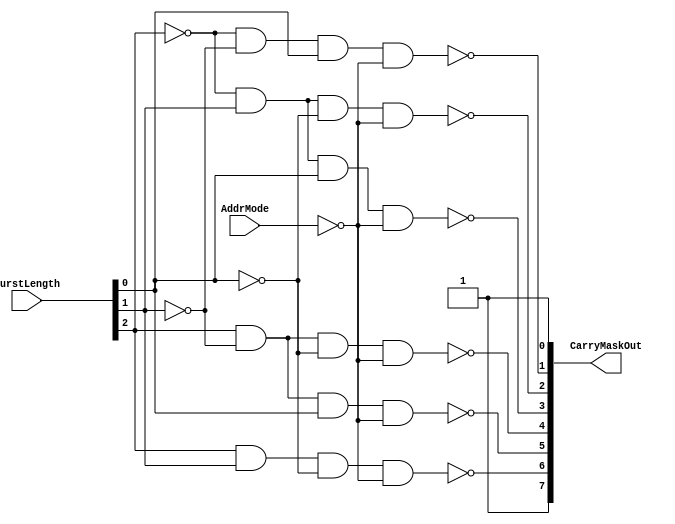
`timescale 1ns / 1ps
//////////////////////////////////////////////////////////////////////////////////
// Company: 
// Engineer: 
// 
// Design Name: 
// Module Name:    CarryMask 
// Project Name: 
// Target Devices: 
// Tool versions: 
// Description: 
//
// Dependencies: 
//
// Revision: 
// Revision 0.01 - File Created
// Additional Comments: 
//
//////////////////////////////////////////////////////////////////////////////////
`define HIGH 1'b1
`define LOW 1'b0

module CarryMask(
	CarryMaskOut,
	AddrMode,
	BurstLength
	);

	output [7 : 0] CarryMaskOut;	// Output Carry Masks Signals
	input AddrMode;					// Addressing Mode - Sequential or Linear
	input [2 : 0] BurstLength;		// Configured Burst Length	
	
	wire [7 : 0] CarryMaskOutWire;
	
	/* Current Masking ignores the 8th bit as the register would roll over anyway. 
	 * The 1st bit is always masked open to allow the initial Add/Sub Selection 
	 * for the NBitGenericAdderSubtractorWithCin.
	 */
	
	assign CarryMaskOutWire[0] = `HIGH;
	
	and(CarryMaskOutWire[1], ~BurstLength[2], ~BurstLength[1], ~BurstLength[0], ~AddrMode);
	and(CarryMaskOutWire[2], ~BurstLength[2], ~BurstLength[1], BurstLength[0], ~AddrMode);
	and(CarryMaskOutWire[3], ~BurstLength[2], BurstLength[1], ~BurstLength[0], ~AddrMode);
	and(CarryMaskOutWire[4], ~BurstLength[2], BurstLength[1], BurstLength[0], ~AddrMode);
	and(CarryMaskOutWire[5], BurstLength[2], ~BurstLength[1], ~BurstLength[0], ~AddrMode);
	and(CarryMaskOutWire[6], BurstLength[2], ~BurstLength[1], BurstLength[0], ~AddrMode);
	and(CarryMaskOutWire[7], BurstLength[2], BurstLength[1], ~BurstLength[0], ~AddrMode);
	
	assign CarryMaskOut[0] = CarryMaskOutWire[0];
	assign CarryMaskOut[1] = ~CarryMaskOutWire[2];
	assign CarryMaskOut[2] = ~CarryMaskOutWire[3];
	assign CarryMaskOut[3] = ~CarryMaskOutWire[4];
	assign CarryMaskOut[4] = ~CarryMaskOutWire[5];
	assign CarryMaskOut[5] = ~CarryMaskOutWire[6];
	assign CarryMaskOut[6] = ~CarryMaskOutWire[7];
	assign CarryMaskOut[7] = 1'b1;

endmodule